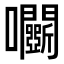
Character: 𡆏